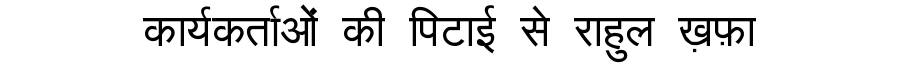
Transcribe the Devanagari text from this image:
कार्यकर्ताओं की पिटाई से राहुल ख़फ़ा